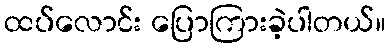
ထပ်လောင်း ပြောကြားခဲ့ပါတယ်။